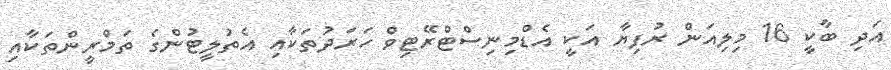
އަދި ބާކީ 16 މިލިއަން ރުފިޔާ އަކީ އެޑްމިނިސްޓްރޭޓިވް ހަރަދުތަކާއި އެތުލީޓުންގެ ތަމްރީންތަކާއި